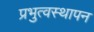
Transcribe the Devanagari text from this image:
प्रभुत्वस्थापन